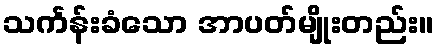
သင်္ကန်းခံသော အာပတ်မျိုးတည်း။